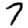
Digit: 7